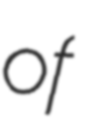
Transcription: of